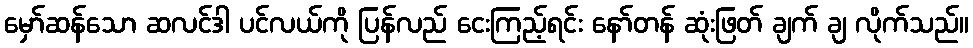
မှော်ဆန်သော ဆလင်ဒါ ပင်လယ်ကို ပြန်လည် ငေးကြည့်ရင်း နော်တန် ဆုံးဖြတ် ချက် ချ လိုက်သည်။